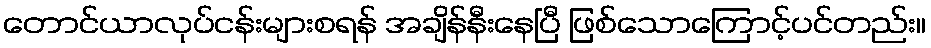
တောင်ယာလုပ်ငန်းများစရန် အချိန်နီးနေပြီ ဖြစ်သောကြောင့်ပင်တည်း။